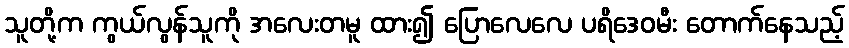
သူတို့က ကွယ်လွန်သူကို အလေးတမူ ထား၍ ပြောလေလေ ပရိဒေဝမီး တောက်နေသည့်